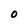
Character: 0